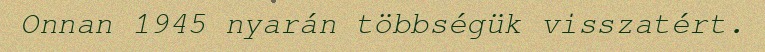
Onnan 1945 nyarán többségük visszatért.